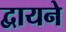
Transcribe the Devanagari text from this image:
द्वायने